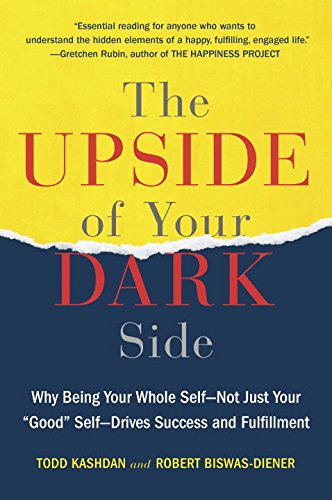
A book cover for The Upside of Your Dark Side: Why Being Your Whole Self--Not Just Your "Good" Self--Drives Success and Fulfillment; Todd Kashdan; Self-Help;